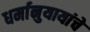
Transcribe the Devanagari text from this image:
धर्मानुयायांचे